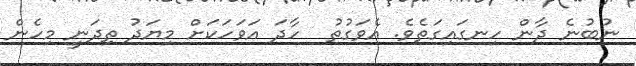
ނުބުނެ ދާން ހިނގައިގަތެވެ. އެވަގުތު  ހާދަ އަވަހަކަށް މިޔަދު ތިދަނީ މިހެން